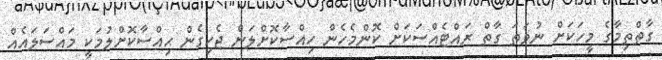
ގާތްތިމާގެ މީހަކަށް ނުވަތަ ގާތް ރައްޓެއްސަކަށް ކޮންމެހެން ހިއްސާކޮށްލަން ޖެހިގެން ޙިއްސާކޮށްލުމަކީ މައްސަލައެއް